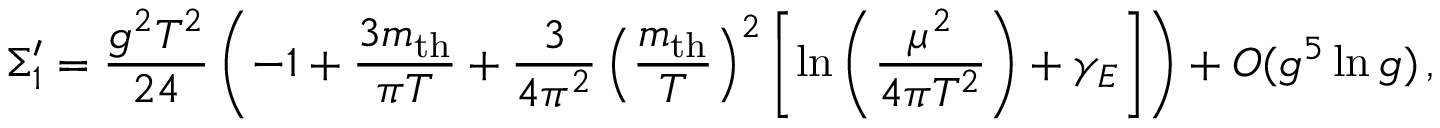
\Sigma _ { 1 } ^ { \prime } = { \frac { g ^ { 2 } T ^ { 2 } } { 2 4 } } \left( - 1 + { \frac { 3 m _ { \mathrm { t h } } } { \pi T } } + { \frac { 3 } { 4 \pi ^ { 2 } } } \left( { \frac { m _ { \mathrm { t h } } } { T } } \right) ^ { 2 } \left[ \ln \left( { \frac { \mu ^ { 2 } } { 4 \pi T ^ { 2 } } } \right) + \gamma _ { E } \right] \right) + { \cal O } ( g ^ { 5 } \ln g ) \, ,